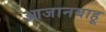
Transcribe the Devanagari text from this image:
आजानबाहू